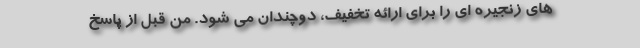
های زنجیره ای را برای ارائه تخفیف، دوچندان می شود. من قبل از پاسخ